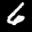
Label: 6